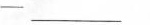
-___